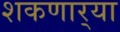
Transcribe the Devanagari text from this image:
शकणार्‍या